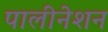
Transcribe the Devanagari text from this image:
पालीनेशन